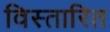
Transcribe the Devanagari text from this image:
विस्तारित